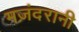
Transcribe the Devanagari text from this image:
मज़ंदरानी